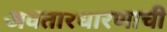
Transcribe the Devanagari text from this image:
अवतारधारणाची